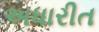
અધારીત